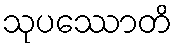
သုပဿောတိ